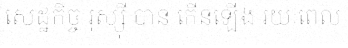
សេដ្ឋកិច្ច រុស្ស៊ី បាន កើនឡើង រយៈពេល